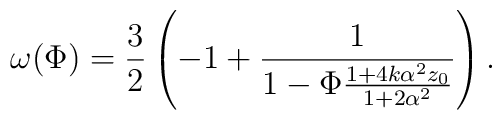
\omega(\Phi)=\frac{3}{2}\left( - 1+\frac{1}{1- \Phi\frac{1+4k\alpha^2z_0}{1+2\alpha^2}} \right).